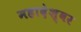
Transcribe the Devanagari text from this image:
महादेश्वर